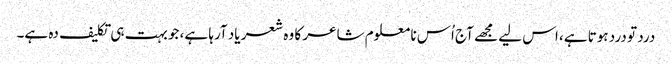
درد تو درد ہوتا ہے، اس لیے مجھے آج اُس نا معلوم شاعر کا وہ شعر یاد آرہا ہے، جو بہت ہی تکلیف دہ ہے۔